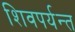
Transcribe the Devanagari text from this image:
शिवपर्यन्त